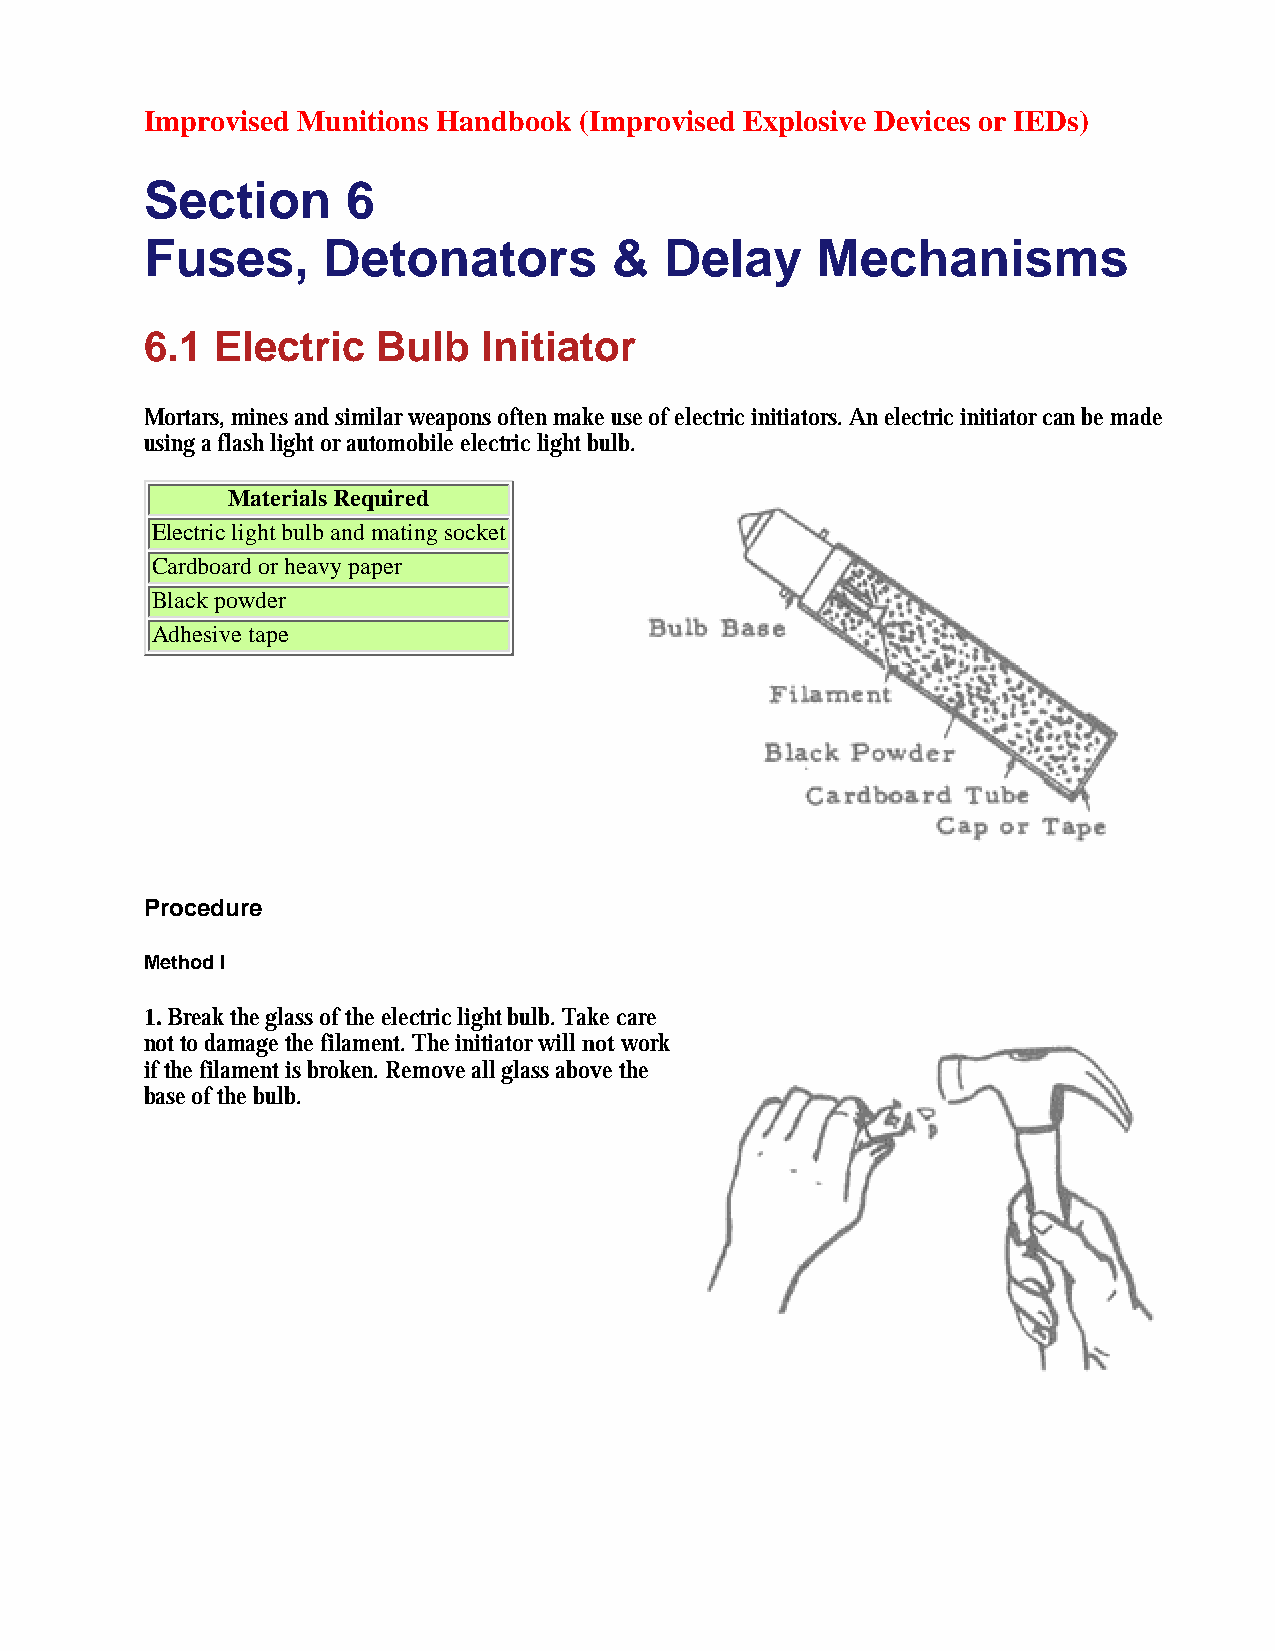
Improvised Munitions Handbook (Improvised Explosive Devices or IEDs)
 Section      6
 Fuses,     Detonators         &   Delay     Mechanisms
 6.1 Electric   Bulb   Initiator
 Mortars, mines and similar weapons often make use of electric initiators. An electric initiator can be made
 using a flash light or automobile electric light bulb.
 Materials Required
 Electric light bulb and mating socket
 Cardboard or heavy paper
 Black powder
 Adhesive tape
 Procedure
 Method I
 1. Break the glass of the electric light bulb. Take care
 not to damage the filament. The initiator will not work
 if the filament is broken. Remove all glass above the
 base of the bulb.